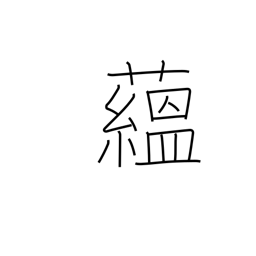
Meaning: pile up